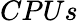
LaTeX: CPUs